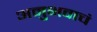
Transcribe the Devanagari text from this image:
अनुभवाचं